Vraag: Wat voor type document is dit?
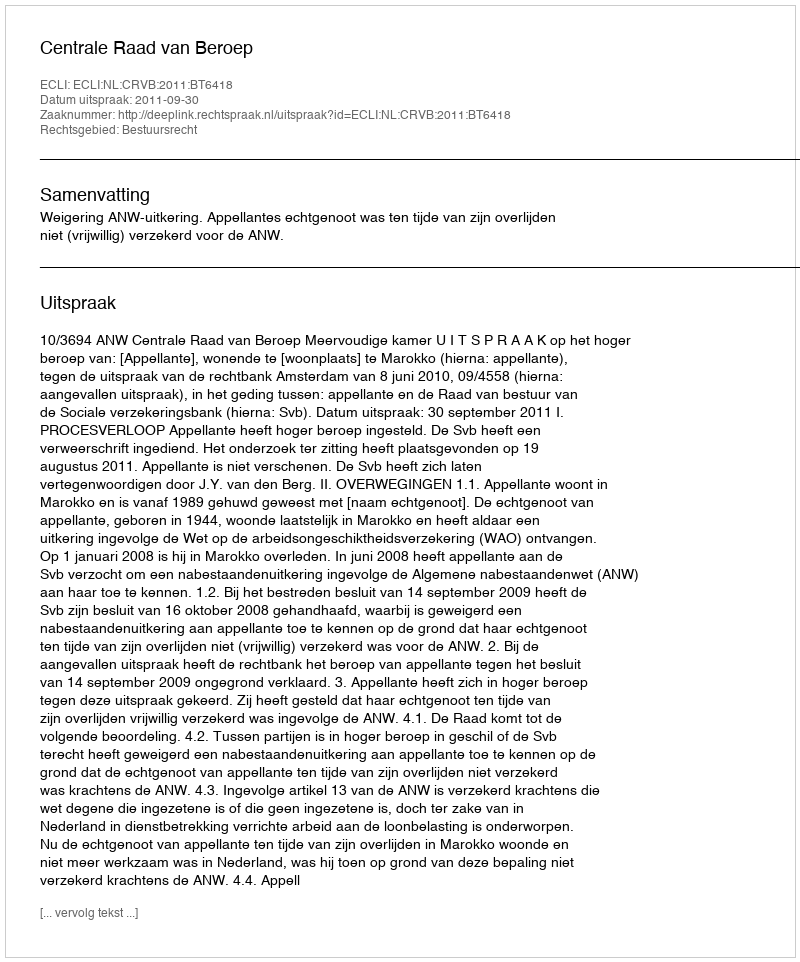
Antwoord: Uitspraak